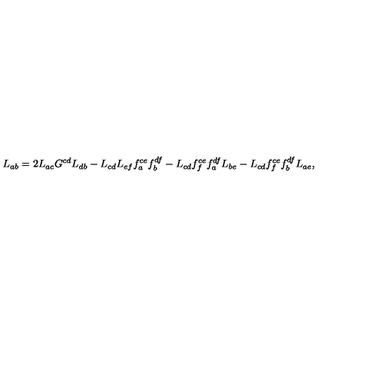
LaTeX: L _ { a b } = 2 L _ { a c } G ^ { c d } L _ { d b } - L _ { c d } L _ { e f } f _ { a } ^ { c e } f _ { b } ^ { d f } - L _ { c d } f _ { f } ^ { c e } f _ { a } ^ { d f } L _ { b e } - L _ { c d } f _ { f } ^ { c e } f _ { b } ^ { d f } L _ { a e } ,